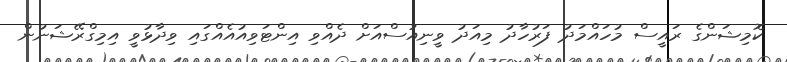
ކޮމިޝަންގެ ރައީސް މުހައްމަދު ފަރުހާދު މިއަދު ވީނިއުސްއަށް ދެއްވި އިންޓަވިއުއެއްގައި ވިދާޅުވީ އިމިގްރޭޝަނުން